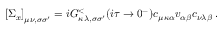
\left[ \Sigma _ { x } \right] _ { \mu \nu , \sigma \sigma ^ { \prime } } = i G _ { \kappa \lambda , \sigma \sigma ^ { \prime } } ^ { < } ( i \tau \rightarrow 0 ^ { - } ) c _ { \mu \kappa \alpha } v _ { \alpha \beta } c _ { \nu \lambda \beta } \; .